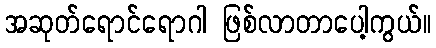
အဆုတ်ရောင်ရောဂါ ဖြစ်လာတာပေါ့ကွယ်။